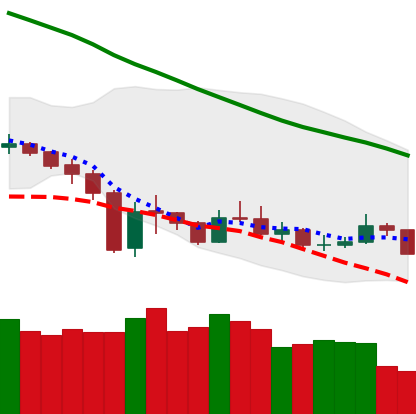
Ticker: XMR-USD
Chart end date: 2019-12-31
Forward return: 21.381%
Label: up_7plus